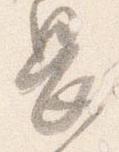
畏